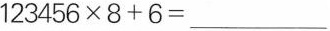
$$1 2 3 4 5 6 \times 8 + 6 = _ _ _ $$